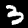
Digit: 3